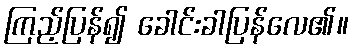
ကြည့်ပြန်၍ ခေါင်းခါပြန်လေ၏။